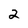
Character: 2